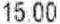
15.00